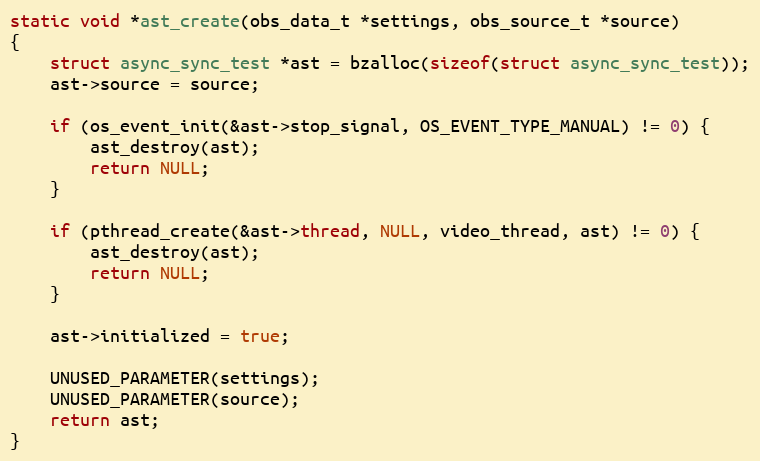
Language: C
static void *ast_create(obs_data_t *settings, obs_source_t *source)
{
	struct async_sync_test *ast = bzalloc(sizeof(struct async_sync_test));
	ast->source = source;

	if (os_event_init(&ast->stop_signal, OS_EVENT_TYPE_MANUAL) != 0) {
		ast_destroy(ast);
		return NULL;
	}

	if (pthread_create(&ast->thread, NULL, video_thread, ast) != 0) {
		ast_destroy(ast);
		return NULL;
	}

	ast->initialized = true;

	UNUSED_PARAMETER(settings);
	UNUSED_PARAMETER(source);
	return ast;
}